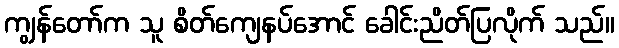
ကျွန်တော်က သူ စိတ်ကျေနပ်အောင် ခေါင်းညိတ်ပြလိုက် သည်။